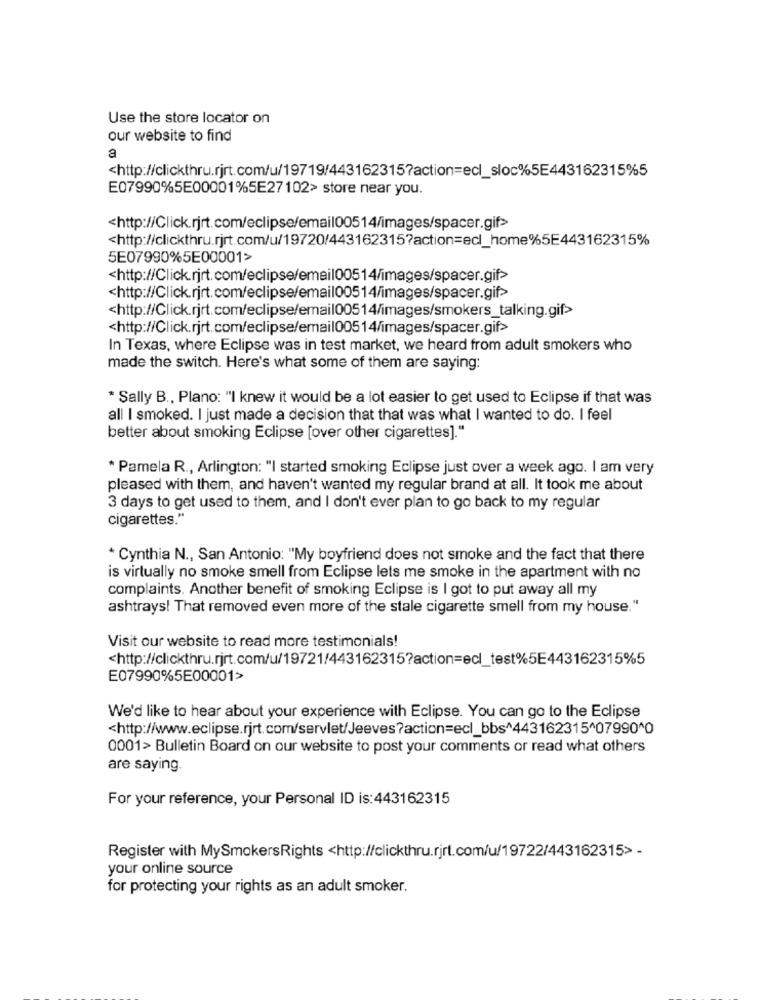
Use the store locator on
our website to find
<http://clickthru.rjrt.com/u/19719/4431623157action=ecl_sloc%5E443162315%5
E07990%5E00001%5E27102> store near you.
<http://Click.rjrt.com/eclipse/email00514/images/spacer.gif>
<http://clickthru.rjrt.com/u/19720/443162315?action=ecl_home%5E443162315%
5E07990%5E00001>
<http://Click.rjrt.com/eclipse/email00514/images/spacer.gif>
<http://Click.rjrt.com/eclipse/email00514/images/spacer.gif>
<http://Click.rjrt.com/eclipse/email00514/images/smokers_talking.gif>
<http://Click.rjrt.com/eclipse/email00514/images/spacer.gif>
In Texas, where Eclipse was in test market, we heard from adult smokers who
made the switch. Here's what some of them are saying:
* Sally B ., Plano: "I knew it would be a lot easier to get used to Eclipse if that was
all I smoked. I just made a decision that that was what I wanted to do. I feel
better about smoking Eclipse [over other cigarettes]."
* Pamela R ., Arlington: "I started smoking Eclipse just over a week ago. I am very
pleased with them, and haven't wanted my regular brand at all. It took me about
3 days to get used to them, and I don't ever plan to go back to my regular
cigarettes."
* Cynthia N ., San Antonio: "My boyfriend does not smoke and the fact that there
is virtually no smoke smell from Eclipse lets me smoke in the apartment with no
complaints. Another benefit of smoking Eclipse is I got to put away all my
ashtrays! That removed even more of the stale cigarette smell from my house."
Visit our website to read more testimonials!
<http://clickthru.rjrt.com/u/19721/443162315?action=ecl_test%5E443162315%5
E07990%5E00001>
We'd like to hear about your experience with Eclipse. You can go to the Eclipse
<http://www.eclipse.rjrt.com/servlet/Jeeves?action=ecl_bbs^443162315^07990^0
0001> Bulletin Board on our website to post your comments or read what others
are saying.
For your reference, your Personal ID is:443162315
Register with MySmokersRights <http://clickthru.rjrt.com/u/19722/443162315> -
your online source
for protecting your rights as an adult smoker.